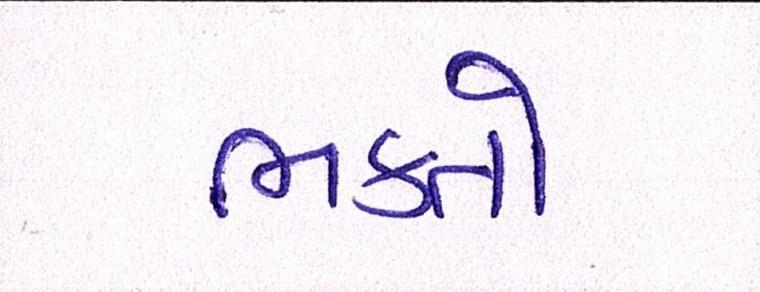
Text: ભક્તો